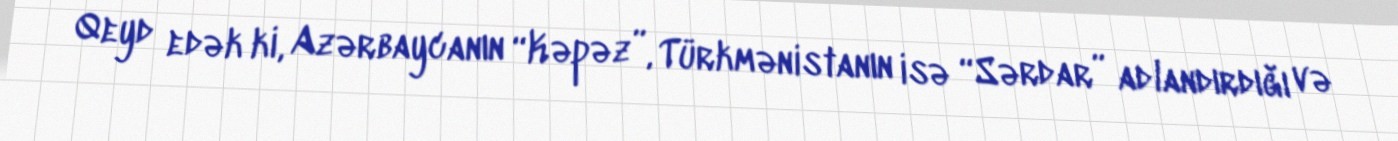
Qeyd edək ki, Azərbaycanın “Kəpəz”, Türkmənistanın isə “Sərdar” adlandırdığı və